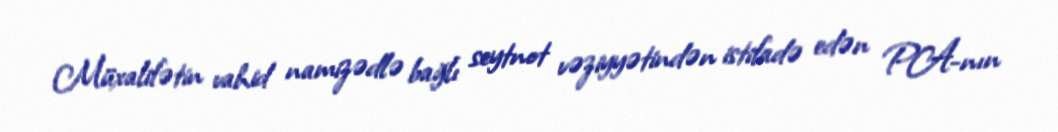
Müxalifətin vahid namizədlə bağlı seytnot vəziyyətindən istifadə edən PA-nın